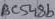
Text: BC548b